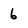
Character: 6